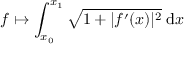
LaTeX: f \mapsto \int _ { x _ { 0 } } ^ { x _ { 1 } } { \sqrt { 1 + | f ^ { \prime } ( x ) | ^ { 2 } } } \; \mathrm { d } x